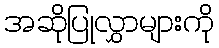
အဆိုပြုလွှာများကို